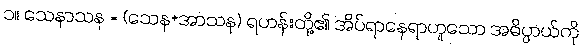
၁။ သေနာသန = (သေန+အာသန) ရဟန်းတို့၏ အိပ်ရာနေရာဟူသော အဓိပ္ပာယ်ကို